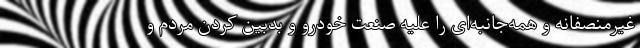
غیرمنصفانه و همه‌جانبه‌ای را علیه صنعت خودرو و بدبین کردن مردم و